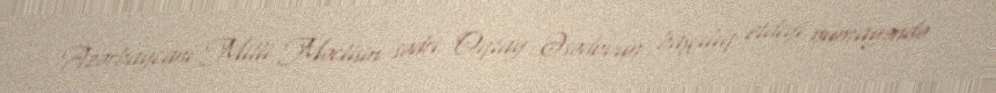
Azərbaycanı Milli Məclisin sədri Oqtay Əsədovun başçılıq etdiyi nümayəndə